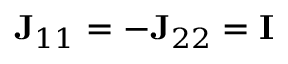
{ \bf J } _ { 1 1 } = - { \bf J } _ { 2 2 } = { \bf I }